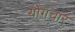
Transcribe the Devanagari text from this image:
योगचार